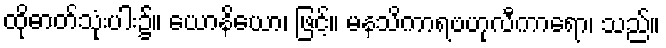
ထိုဓာတ်သုံးပါး၌။ ယောနိယော၊ ဖြင့်။ မနသိကာရဗဟုလီကာရော၊ သည်။